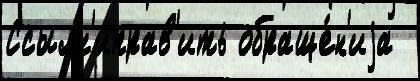
Ссылк'иправ'ить обраще́н'иjа